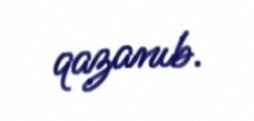
qazanıb.